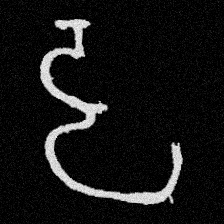
Pyu character \u2014 Myanmar letter: ဠ (romanized: lla)